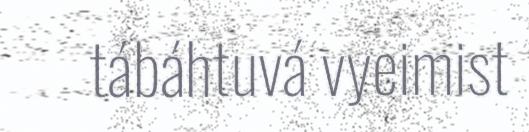
tábáhtuvá vyeimist